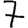
Digit: 7